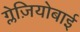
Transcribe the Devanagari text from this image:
ग्लेज़ियोबाई